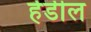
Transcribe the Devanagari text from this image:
हेडील